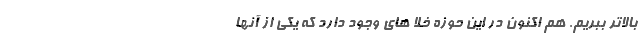
بالاتر ببریم. هم اکنون در این حوزه خلا های وجود دارد که یکی از آنها